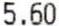
5.60